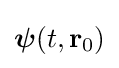
{\boldsymbol {\psi }}(t,\mathbf {r} _{0})